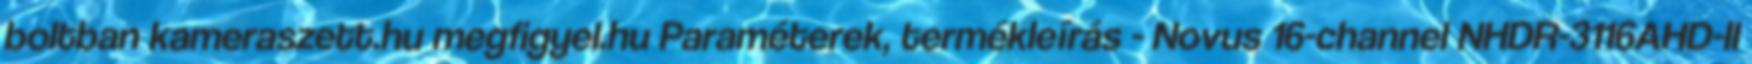
boltban kameraszett.hu megfigyel.hu Paraméterek, termékleírás - Novus 16-channel NHDR-3116AHD-II